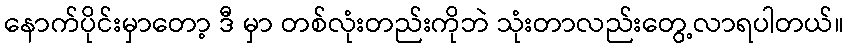
နောက်ပိုင်းမှာတော့ ဒီ မှာ တစ်လုံးတည်းကိုဘဲ သုံးတာလည်းတွေ့လာရပါတယ်။